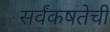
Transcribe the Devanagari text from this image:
सर्वंकषतेची